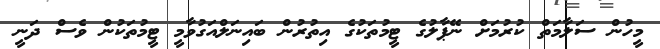
މީހުން ސަލާމަތް ކުރުމަށް ނޭޕާލުގެ ޓީމުތަކުގެ އިތުރުން ބައިނަލްއަގުވާމީ ޓީމުތަކުން ވެސް ދަނީ